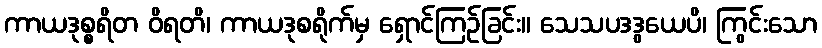
ကာယဒုစ္စရိတ ဝိရတိ၊ ကာယဒုစရိုက်မှ ရှောင်ကြဉ်ခြင်း။ သေသပဒဒွယေပိ၊ ကြွင်းသော